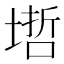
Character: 𡏥